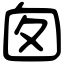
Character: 囱